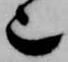
也